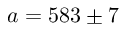
a = 5 8 3 \pm 7